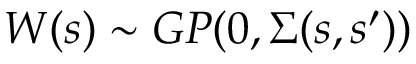
W ( s ) \sim G P ( 0 , \Sigma ( s , s ^ { \prime } ) )